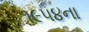
૧૯૫૪ના